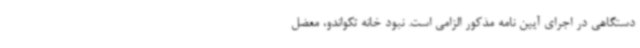
دستگاهی در اجرای آیین نامه مذکور الزامی است. نبود خانه تکواندو، معضل